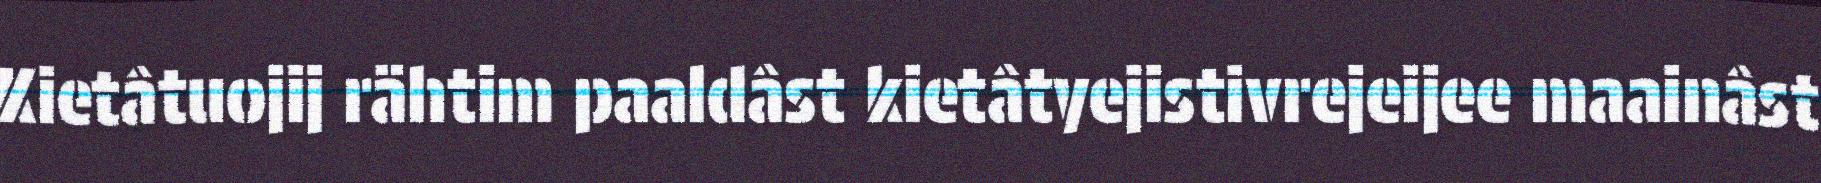
Kietâtuojij rähtim paaldâst kietâtyejistivrejeijee maainâst